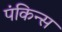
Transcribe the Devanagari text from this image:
पंकिन्स